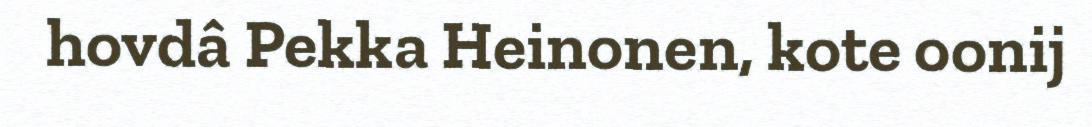
hovdâ Pekka Heinonen, kote oonij